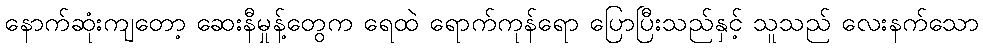
နောက်ဆုံးကျတော့ ဆေးနီမှုန့်တွေက ရေထဲ ရောက်ကုန်ရော ပြောပြီးသည်နှင့် သူသည် လေးနက်သော